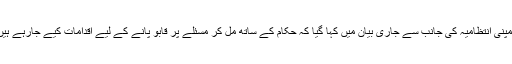
کمپنی انتظامیہ کی جانب سے جاری بیان میں کہا گیا کہ حکام کے ساتھ مل کر مسئلے پر قابو پانے کے لیے اقدامات کیے جارہے ہیں۔